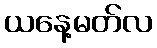
ယနေ့မတ်လ